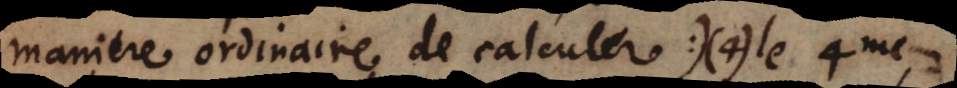
maniere ordinaire de calculer:) (4) le 4me,